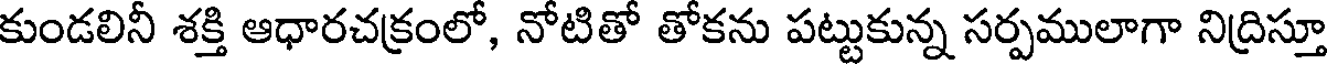
కుండలినీ శక్తి ఆధారచక్రంలో, నోటితో తోకను పట్టుకున్న సర్పములాగా నిద్రిస్తూ